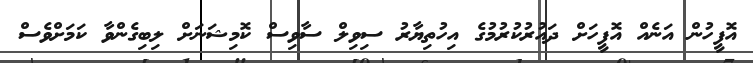
އޮފީހުން އަނެއް އޮފީހަށް ދައުރުކުރުމުގެ އިހުތިޔާރު ސިވިލް ސާވިސް ކޮމިޝަނަށް ލިބިގެންވާ ކަމަށްވެސް